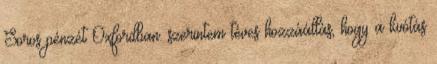
Soros pénzét Oxfordban. szerintem téves hozzáállás, hogy a kvótás